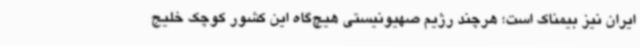
ایران نیز بیمناک است؛ هرچند رژیم صهیونیستی هیچ‌گاه این کشور کوچک خلیج‌